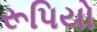
રૂપિયો